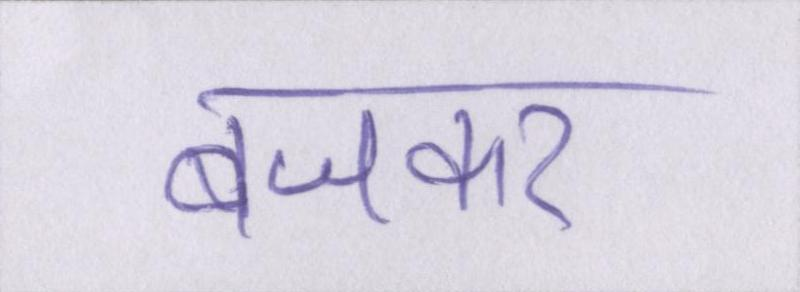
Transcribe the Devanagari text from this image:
बजकर